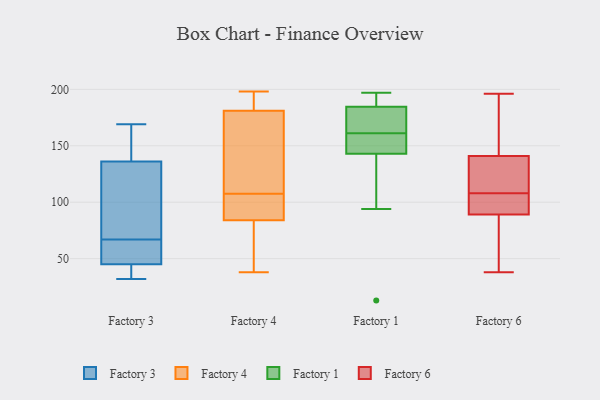
{"axis": {"x": "Operating Costs (USD K)", "y": "Value"}, "legend": ["Factory 1", "Factory 3", "Factory 4", "Factory 6"], "data": [{"x": "", "y": 32, "type": "Factory 3"}, {"x": "", "y": 70, "type": "Factory 3"}, {"x": "", "y": 58, "type": "Factory 3"}, {"x": "", "y": 45, "type": "Factory 3"}, {"x": "", "y": 117, "type": "Factory 3"}, {"x": "", "y": 143, "type": "Factory 3"}, {"x": "", "y": 68, "type": "Factory 3"}, {"x": "", "y": 43, "type": "Factory 3"}, {"x": "", "y": 145, "type": "Factory 3"}, {"x": "", "y": 53, "type": "Factory 3"}, {"x": "", "y": 42, "type": "Factory 3"}, {"x": "", "y": 62, "type": "Factory 3"}, {"x": "", "y": 169, "type": "Factory 3"}, {"x": "", "y": 44, "type": "Factory 3"}, {"x": "", "y": 136, "type": "Factory 3"}, {"x": "", "y": 66, "type": "Factory 3"}, {"x": "", "y": 125, "type": "Factory 3"}, {"x": "", "y": 143, "type": "Factory 3"}, {"x": "", "y": 190, "type": "Factory 4"}, {"x": "", "y": 119, "type": "Factory 4"}, {"x": "", "y": 55, "type": "Factory 4"}, {"x": "", "y": 106, "type": "Factory 4"}, {"x": "", "y": 79, "type": "Factory 4"}, {"x": "", "y": 143, "type": "Factory 4"}, {"x": "", "y": 181, "type": "Factory 4"}, {"x": "", "y": 42, "type": "Factory 4"}, {"x": "", "y": 103, "type": "Factory 4"}, {"x": "", "y": 183, "type": "Factory 4"}, {"x": "", "y": 198, "type": "Factory 4"}, {"x": "", "y": 84, "type": "Factory 4"}, {"x": "", "y": 118, "type": "Factory 4"}, {"x": "", "y": 93, "type": "Factory 4"}, {"x": "", "y": 109, "type": "Factory 4"}, {"x": "", "y": 181, "type": "Factory 4"}, {"x": "", "y": 91, "type": "Factory 4"}, {"x": "", "y": 38, "type": "Factory 4"}, {"x": "", "y": 169, "type": "Factory 1"}, {"x": "", "y": 94, "type": "Factory 1"}, {"x": "", "y": 155, "type": "Factory 1"}, {"x": "", "y": 184, "type": "Factory 1"}, {"x": "", "y": 185, "type": "Factory 1"}, {"x": "", "y": 156, "type": "Factory 1"}, {"x": "", "y": 149, "type": "Factory 1"}, {"x": "", "y": 170, "type": "Factory 1"}, {"x": "", "y": 166, "type": "Factory 1"}, {"x": "", "y": 191, "type": "Factory 1"}, {"x": "", "y": 151, "type": "Factory 1"}, {"x": "", "y": 197, "type": "Factory 1"}, {"x": "", "y": 13, "type": "Factory 1"}, {"x": "", "y": 137, "type": "Factory 1"}, {"x": "", "y": 185, "type": "Factory 1"}, {"x": "", "y": 130, "type": "Factory 1"}, {"x": "", "y": 38, "type": "Factory 6"}, {"x": "", "y": 96, "type": "Factory 6"}, {"x": "", "y": 57, "type": "Factory 6"}, {"x": "", "y": 196, "type": "Factory 6"}, {"x": "", "y": 141, "type": "Factory 6"}, {"x": "", "y": 69, "type": "Factory 6"}, {"x": "", "y": 137, "type": "Factory 6"}, {"x": "", "y": 168, "type": "Factory 6"}, {"x": "", "y": 41, "type": "Factory 6"}, {"x": "", "y": 100, "type": "Factory 6"}, {"x": "", "y": 111, "type": "Factory 6"}, {"x": "", "y": 103, "type": "Factory 6"}, {"x": "", "y": 121, "type": "Factory 6"}, {"x": "", "y": 89, "type": "Factory 6"}, {"x": "", "y": 172, "type": "Factory 6"}, {"x": "", "y": 126, "type": "Factory 6"}, {"x": "", "y": 105, "type": "Factory 6"}, {"x": "", "y": 193, "type": "Factory 6"}]}